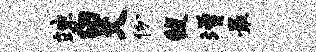
竦白爻份馥增最